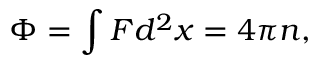
\Phi = \int F d ^ { 2 } x = 4 \pi n ,